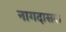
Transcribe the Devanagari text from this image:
नागदासक